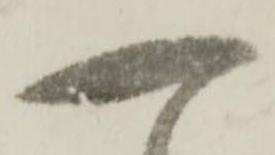
一